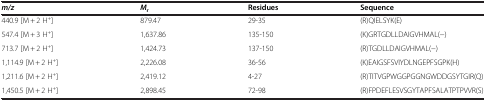
<table><thead><tr><td><b><i>m/z</i></b></td><td><b><i>M</i><sub>r</sub></b></td><td><b>Residues</b></td><td><b>Sequence</b></td></tr></thead><tbody><tr><td>440.9 [M + 2 H<sup>+</sup>]</td><td>879.47</td><td>29-35</td><td>(R)QIELSYK(E)</td></tr><tr><td>547.4 [M + 3 H<sup>+</sup>]</td><td>1,637.86</td><td>135-150</td><td>(K)GRTGDLLDAIGVHMAL(−)</td></tr><tr><td>713.7 [M + 2 H<sup>+</sup>]</td><td>1,424.73</td><td>137-150</td><td>(R)TGDLLDAIGVHMAL(−)</td></tr><tr><td>1,114.9 [M + 2 H<sup>+</sup>]</td><td>2,226.08</td><td>36-56</td><td>(K)EAIGSFSVIYDLNGEPFSGPK(H)</td></tr><tr><td>1,211.6 [M + 2 H<sup>+</sup>]</td><td>2,419.12</td><td>4-27</td><td>(R)TITVGPWGGPGGNGWDDGSYTGIR(Q)</td></tr><tr><td>1,450.5 [M + 2 H<sup>+</sup>]</td><td>2,898.45</td><td>72-98</td><td>(R)FPDEFLESVSGYTAPFSALATPTPVVR(S)</td></tr></tbody></table>